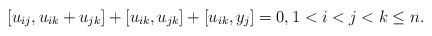
\begin{align*} [u_{ij}, u_{ik}+u_{jk}]+[u_{ik},u_{jk}]+[u_{ik},y_j] = 0, 1 < i < j < k \le n.\end{align*}